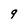
Character: 9